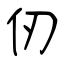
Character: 仞